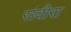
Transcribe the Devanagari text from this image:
संवीरा